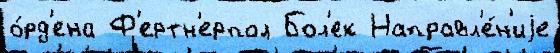
о́рд'ена Ф'ертн'ерпол Бол'ек Направл'е́н'иjе